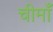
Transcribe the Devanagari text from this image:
चीमाँ